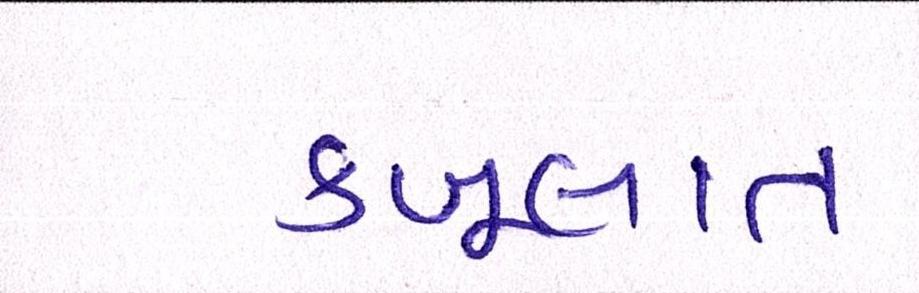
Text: કબૂલાત